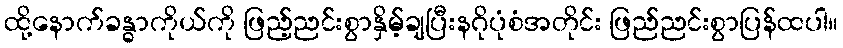
ထို့နောက်ခန္ဓာကိုယ်ကို ဖြည့်ညင်းစွာနှိမ့်ချပြီးနဂိုပုံစံအတိုင်း ဖြည်ညင်းစွာပြန်ထပါ။